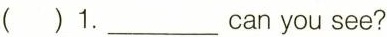
( )1.___ can you see?